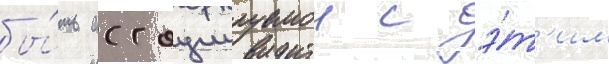
бы́ть ассоциируемои с э́т'им